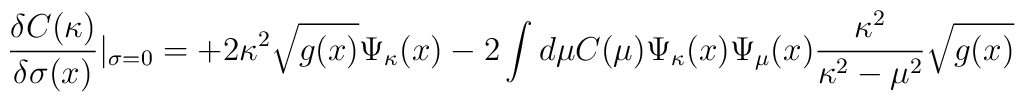
\frac{\delta C(\kappa)}{\delta \sigma(x)} |_{\sigma=0} =  +2 \kappa^2 \sqrt{g(x)} \Psi_{\kappa}(x) -2 \int d \mu C(\mu) \Psi_{\kappa} (x) \Psi_{\mu}(x) \\ \frac{\kappa^2}{\kappa^2 -\mu^2} \sqrt{g(x)}